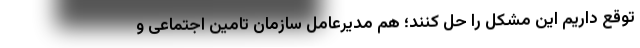
توقع داریم این مشکل را حل کنند؛ هم مدیرعامل سازمان تامین اجتماعی و